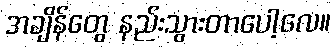
အချိန်တွေ နည်းသွားတာပေါ့လေ။